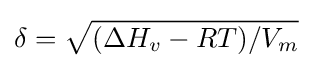
\delta ={\sqrt {(\Delta H_{v}-RT)/V_{m}}}